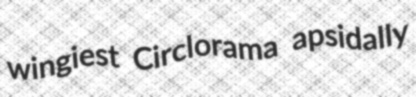
wingiest Circlorama apsidally